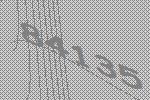
84135